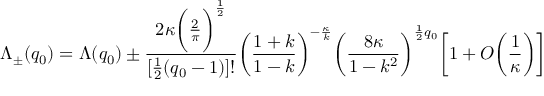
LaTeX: \Lambda _ { \pm } ( q _ { 0 } ) = \Lambda ( q _ { 0 } ) \pm \frac { 2 \kappa \bigg ( \frac { 2 } { \pi } \bigg ) ^ { \frac { 1 } { 2 } } } { [ \frac { 1 } { 2 } ( q _ { 0 } - 1 ) ] ! } \bigg ( \frac { 1 + k } { 1 - k } \bigg ) ^ { - \frac { \kappa } { k } } \bigg ( \frac { 8 \kappa } { 1 - k ^ { 2 } } \bigg ) ^ { \frac { 1 } { 2 } q _ { 0 } } \bigg [ 1 + O \bigg ( \frac { 1 } { \kappa } \bigg ) \bigg ]